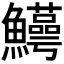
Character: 𬵸